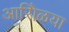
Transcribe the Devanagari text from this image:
आरोिळया